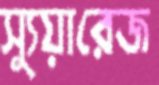
স্যুয়ারেজ